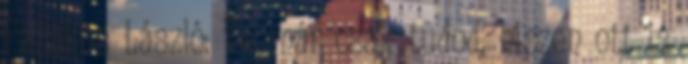
Fazakas László: Te már csak tudod, hiszen ott is